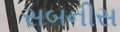
સબનીસ